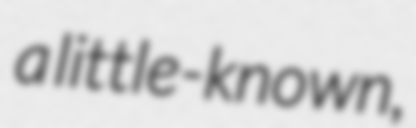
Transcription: a little-known,